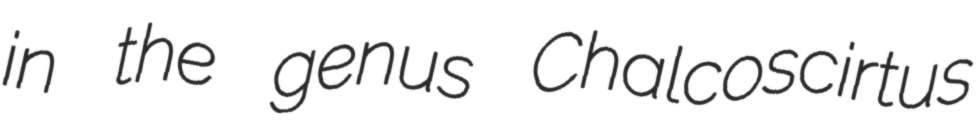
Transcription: in the genus Chalcoscirtus